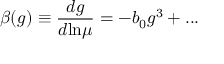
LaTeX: \beta ( g ) \equiv \frac { d g } { d \mathrm { l n } \mu } = - b _ { 0 } g ^ { 3 } + . . .